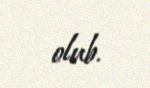
olub.